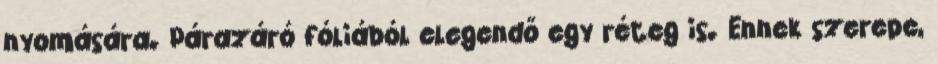
nyomására. Párazáró fóliából elegendő egy réteg is. Ennek szerepe,